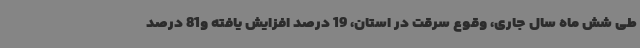
طی شش ماه سال جاری، وقوع سرقت در استان، 19 درصد افزایش یافته و81 درصد